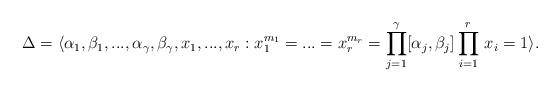
LaTeX: \begin{align*}\Delta=\langle \alpha_1, \beta_1, ..., \alpha_{\gamma}, \beta_{\gamma}, x_1, ..., x_r: x_1^{m_1}=...=x_r^{m_r}= \prod_{j=1}^{\gamma}[\alpha_{j}, \beta_{j}]\prod_{i=1}^r\, x_i=1\rangle.\end{align*}